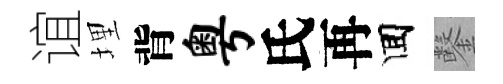
谊埋背粤氏再囬鑿